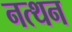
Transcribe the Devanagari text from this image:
नत्थन